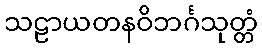
သဠာယတနဝိဘင်္ဂသုတ္တံ